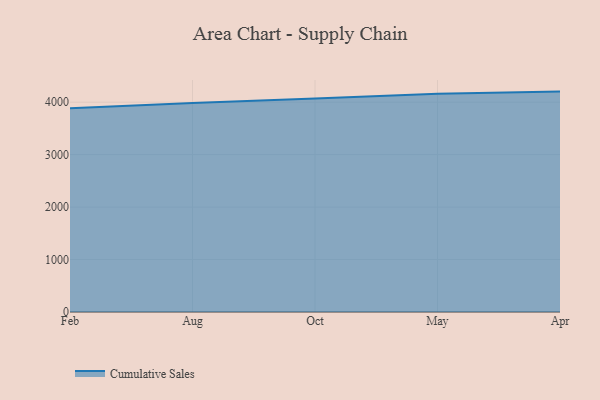
{"axis": {"x": "Month", "y": "Website Visitors"}, "legend": ["Cumulative Sales"], "data": [{"x": "Feb", "y": 3884.9, "type": "Cumulative Sales"}, {"x": "Aug", "y": 3984.0, "type": "Cumulative Sales"}, {"x": "Oct", "y": 4068.0, "type": "Cumulative Sales"}, {"x": "May", "y": 4158.6, "type": "Cumulative Sales"}, {"x": "Apr", "y": 4201.9, "type": "Cumulative Sales"}]}